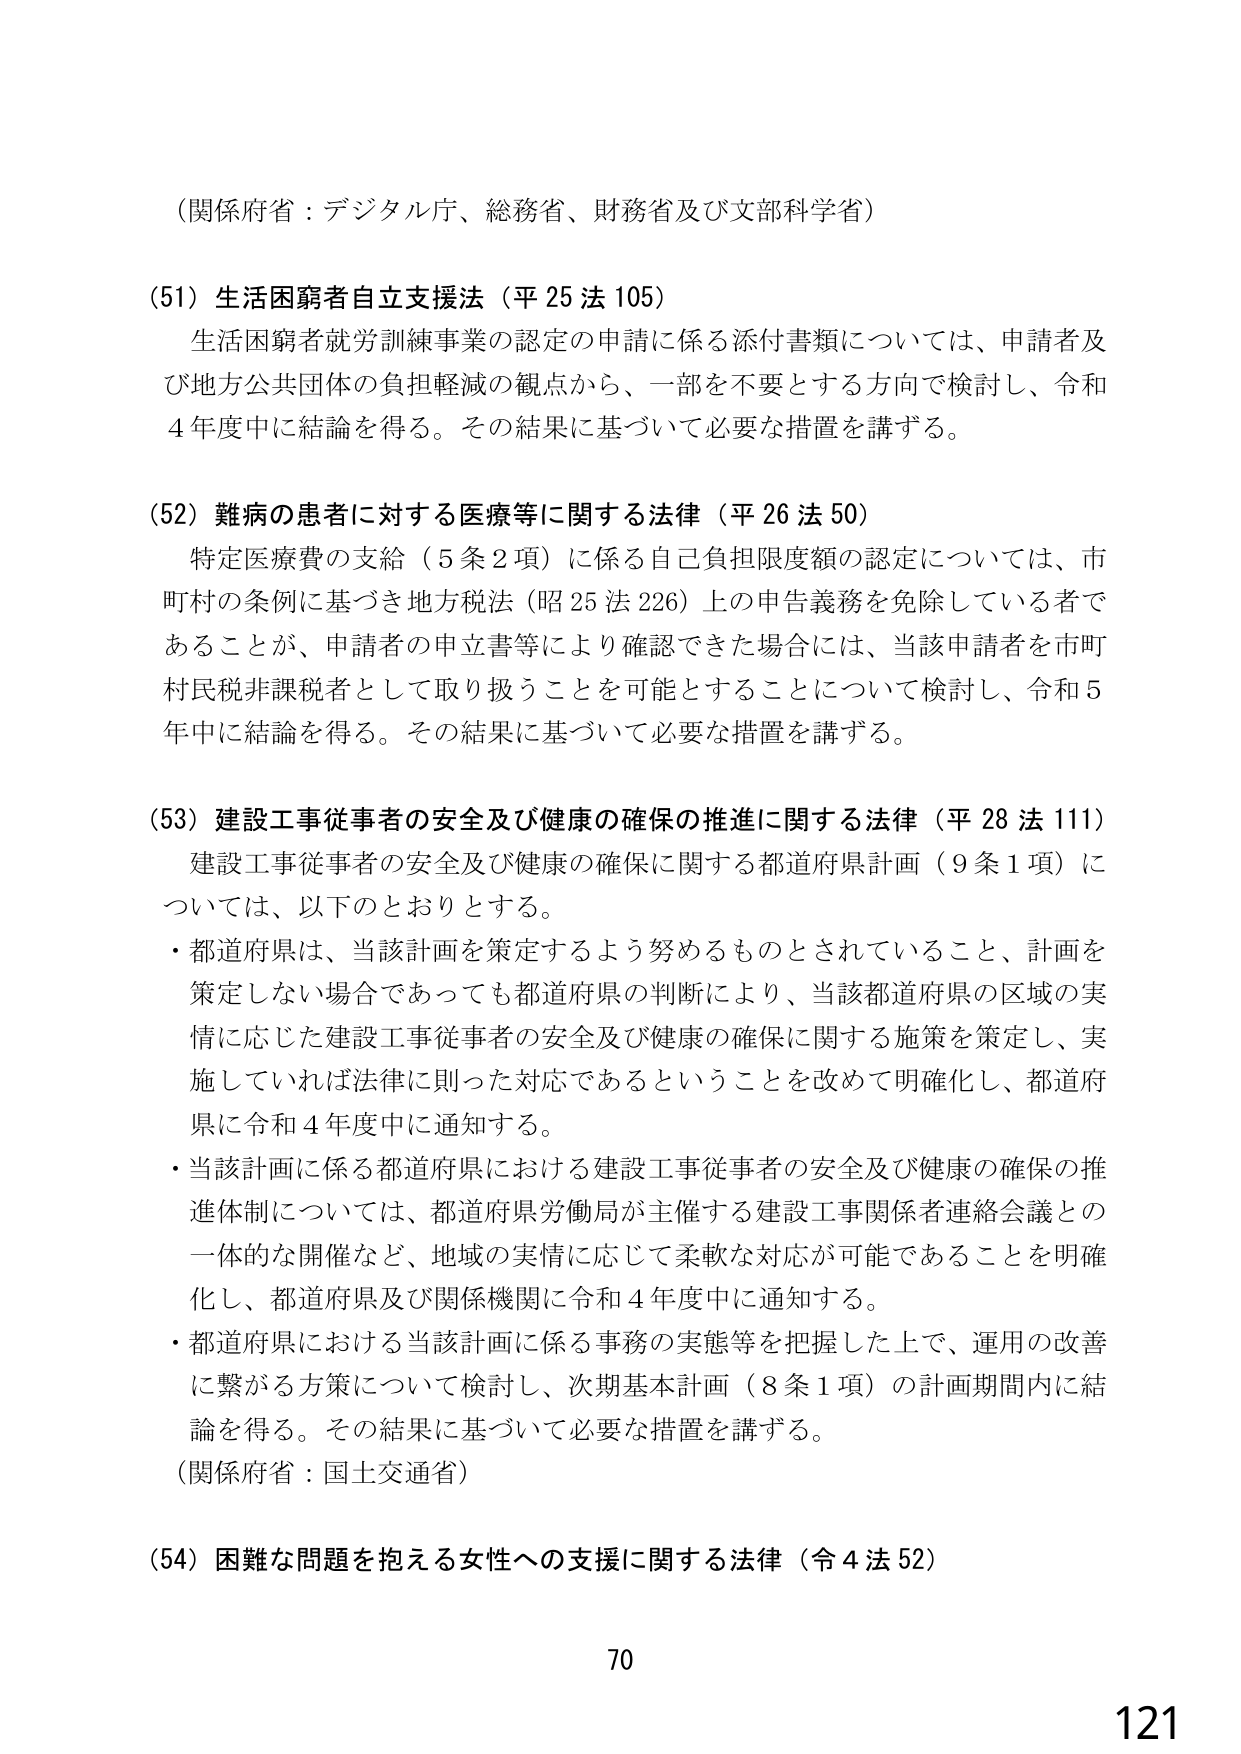
（関係府省：デジタル庁、総務省、財務省及び文部科学省）

（51）生活困窮者自立支援法（平25法105）
生活困窮者就労訓練事業の認定の申請に係る添付書類については、申請者及び地方公共団体の負担軽減の観点から、一部を不要とする方向で検討し、令和4年度中に結論を得る。その結果に基づいて必要な措置を講ずる。

（52）難病の患者に対する医療等に関する法律（平26法50）
特定医療費の支給（5条2項）に係る自己負担限度額の認定については、市町村の条例に基づき地方税法（昭25法226）上の申告義務を免除している者であることが、申請者の申立書等により確認できた場合には、当該申請者を市町村民税非課税者として取り扱うことを可能とすることについて検討し、令和5年中に結論を得る。その結果に基づいて必要な措置を講ずる。

（53）建設工事従事者の安全及び健康の確保の推進に関する法律（平28法111）
建設工事従事者の安全及び健康の確保に関する都道府県計画（9条1項）については、以下のとおりとする。
・都道府県は、当該計画を策定するよう努めるものとされていること、計画を策定しない場合であっても都道府県の判断により、当該都道府県の区域の実情に応じた建設工事従事者の安全及び健康の確保に関する施策を策定し、実施していれば法律に則った対応であるということを改めて明確化し、都道府県に令和4年度中に通知する。
・当該計画に係る都道府県における建設工事従事者の安全及び健康の確保の推進体制については、都道府県労働局が主催する建設工事関係者連絡会議との一体的な開催など、地域の実情に応じて柔軟な対応が可能であることを明確化し、都道府県及び関係機関に令和4年度中に通知する。
・都道府県における当該計画に係る事務の実態等を把握した上で、運用の改善に繋がる方策について検討し、次期基本計画（8条1項）の計画期間内に結論を得る。その結果に基づいて必要な措置を講ずる。
（関係府省：国土交通省）

（54）困難な問題を抱える女性への支援に関する法律（令4法52）

70
121